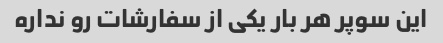
این سوپر هر بار یکی از سفارشات رو نداره